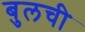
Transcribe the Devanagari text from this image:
बुलची